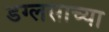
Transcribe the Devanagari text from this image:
डग्लसाच्या